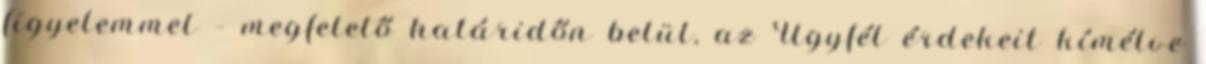
figyelemmel – megfelelő határidőn belül, az Ügyfél érdekeit kímélve